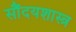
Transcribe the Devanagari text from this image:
सौंदयशास्त्र